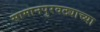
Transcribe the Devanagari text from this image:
सामानपुरवठ्याच्या